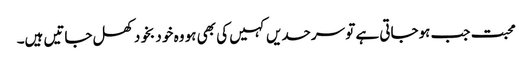
محبت جب ہوجاتی ہے تو سرحدیں کہیں کی بھی ہو وہ خو د بخود کھل جاتیں ہیں۔